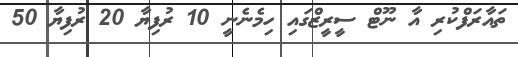
ތައާރަފްކުރި އާ ނޫޓް ސީރީޒްގައި ހިމެނެނީ 10 ރުފިޔާ 20 ރުފިޔާ 50